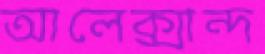
আলেক্সান্দ